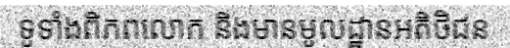
ទូទាំងពិភពលោក និងមានមូលដ្ឋានអតិថិជន